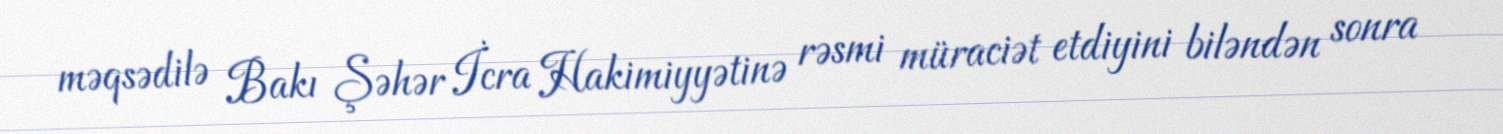
məqsədilə Bakı Şəhər İcra Hakimiyyətinə rəsmi müraciət etdiyini biləndən sonra